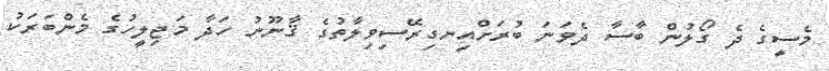
މެސީގެ ދެ ގޯލުން ބާސާ ދެވަނަ ބުރަށްއިނގިރޭސިވިލާތުގެ ޤާނޫނު ހަދާ މަޖިލީހުގެ މެންބަރަކު